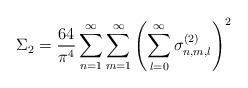
LaTeX: \begin{align*}\Sigma_2 = \frac{64}{\pi^4} \sum_{n=1}^\infty\sum_{m=1}^\infty \left( \sum_{l=0}^\infty\sigma_{n,m,l}^{(2)} \right)^2\end{align*}